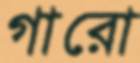
গারো